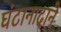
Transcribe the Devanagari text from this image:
घंटानादाने